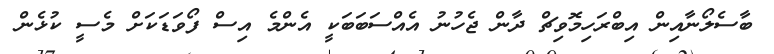
ބާސެލޯނާއިން އިބްރަހިމޮވިޗް ދާން ޖެހުނު އެއްސަބަބަކީ އެންމެ އިސް ފޯވަޑަކަށް މެސީ ކުޅެން